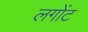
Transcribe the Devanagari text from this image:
लगोंट